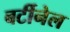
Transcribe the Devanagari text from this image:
बर्टीनेल